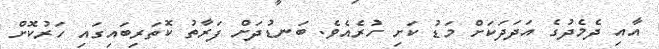
އާއި ދެމެދުގެ އަދަަދަކަށް މަޑު ކަށި ހުރެއެވެ. ބަނޑުދަށް ފަރާތު ކޮތަރިބައިގައި ހަރުކޮށް